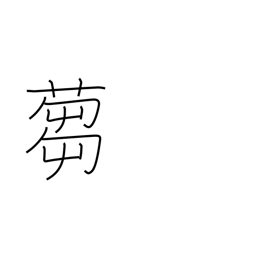
Meaning: to cut grass